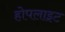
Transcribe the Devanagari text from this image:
होपलाइट